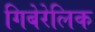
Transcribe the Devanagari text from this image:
गिबेरेलिक